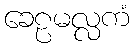
ခေဠမလ္လကံ